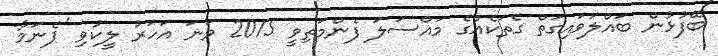
ބޭފުޅުން ބައްލަވައިގަތް ގެތަކެއްގެ މައްސަލަ ފެންމަތިވީ 2015 ވަނަ އަހަރު ލީކުވި 'ޕެނަމާ